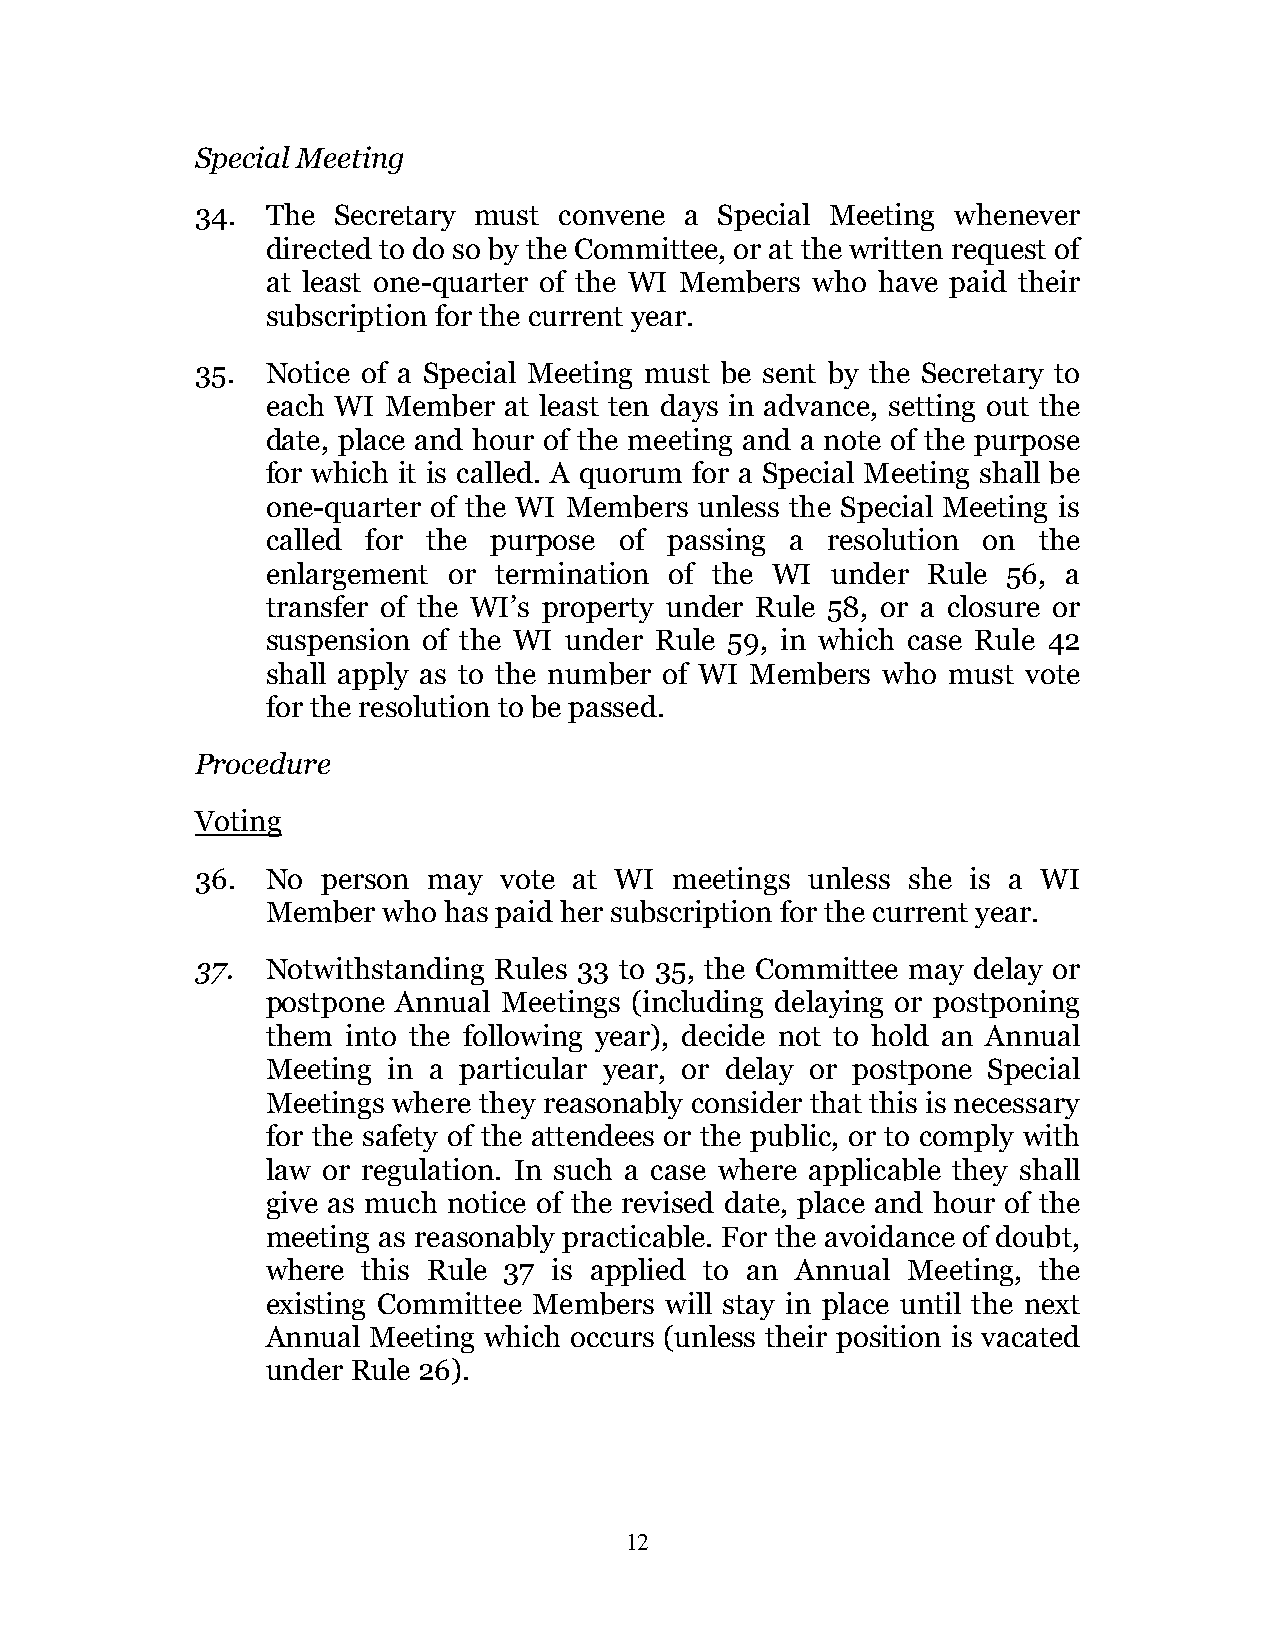
Special Meeting
 34.  The Secretary must convene a  Special Meeting whenever
 directed to do so by the Committee, or at the written request of
 at least one-quarter of the WI Members who have paid their
 subscription for the current year.
 35.  Notice of a Special Meeting must be sent by the Secretary to
 each WI Member at least ten days in advance, setting out the
 date, place and hour of the meeting and a note of the purpose
 for which it is called. A quorum for a Special Meeting shall be
 one-quarter of the WI Members unless the Special Meeting is
 called for the purpose of passing a  resolution on the
 enlargement or termination of the WI under Rule  56, a
 transfer of the WI’s property under Rule 58, or a closure or
 suspension of the WI under Rule 59, in which case Rule 42
 shall apply as to the number of WI Members who must vote
 for the resolution to be passed.
 Procedure
 Voting
 36.  No person may  vote at WI  meetings unless she is a WI
 Member who has paid her subscription for the current year.
 37.  Notwithstanding Rules 33 to 35, the Committee may delay or
 postpone Annual Meetings (including delaying or postponing
 them into the following year), decide not to hold an Annual
 Meeting in a particular year, or delay or postpone Special
 Meetings where they reasonably consider that this is necessary
 for the safety of the attendees or the public, or to comply with
 law or regulation. In such a case where applicable they shall
 give as much notice of the revised date, place and hour of the
 meeting as reasonably practicable. For the avoidance of doubt,
 where this Rule 37 is applied to an Annual Meeting, the
 existing Committee Members will stay in place until the next
 Annual Meeting which occurs (unless their position is vacated
 under Rule 26).
 12